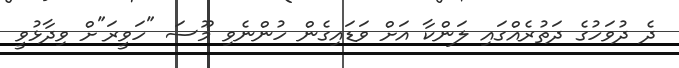
ދެ ދުވަހުގެ ދަތުރެއްގައި ލަންކާ އަށް ވަޑައިގެން ހުންނެވި މޫސަ "ހަވީރަ"ށް ވިދާޅުވީ